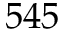
5 4 5